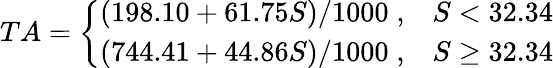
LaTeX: TA=\left\{ \begin{array}{ll}{(198.10+61.75S)/1000\; ,}&{S<32.34}\\ {(744.41+44.86S)/1000\; ,}&{S\geq 32.34}\end{array}\right.